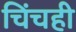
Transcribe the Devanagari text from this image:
चिंचही